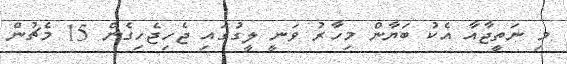
މި ނަތީޖާއާ އެކު ބަޔާން މިހާރު ވަނީ ލީގުގައި ޖެހިޖެހިގެން 15 މެޗުން